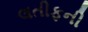
લતીફની